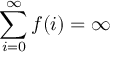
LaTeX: \sum _ { i = 0 } ^ { \infty } f ( i ) = \infty